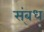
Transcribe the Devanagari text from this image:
स्ंबध